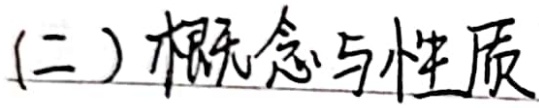
(二) 概念与性质